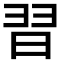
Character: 𮊸